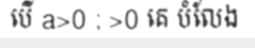
បើ a>0 ; >0 គេ បំលែង